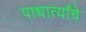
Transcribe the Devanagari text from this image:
पाधार्त्यांचे